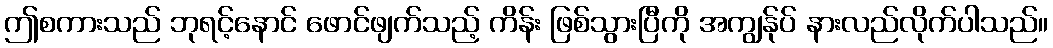
ဤစကားသည် ဘုရင့်နောင် ဖောင်ဖျက်သည့် ကိန်း ဖြစ်သွားပြီကို အကျွန်ုပ် နားလည်လိုက်ပါသည်။